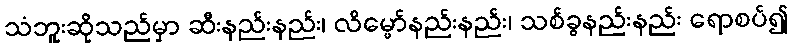
သံဘူးဆိုသည်မှာ ဆီးနည်းနည်း၊ လိမ္မော်နည်းနည်း၊ သစ်ခွနည်းနည်း ရောစပ်၍